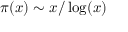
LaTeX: \pi ( x ) \sim x / \log ( x )